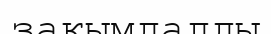
зақымдалды